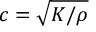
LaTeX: c = { \sqrt { K / \rho } }